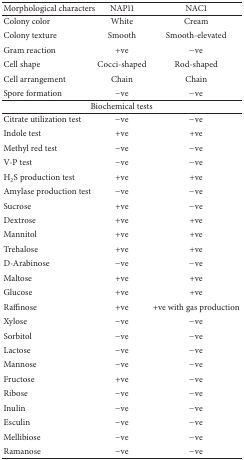
| Morphological characters | NAP11 | NAC1 |
 | --- | --- | --- |
 | Colony color | White | Cream |
 | Colony texture | Smooth | Smooth-elevated |
 | Gram reaction | +ve | −ve |
 | Cell shape | Cocci-shaped | Rod-shaped |
 | Cell arrangement | Chain | Chain |
 | Spore formation | −ve | −ve |
 | <COLSPAN=3> Biochemical tests |
 | Citrate utilization test | −ve | −ve |
 | Indole test | +ve | +ve |
 | Methyl red test | −ve | −ve |
 | V-P test | −ve | −ve |
 | H2S production test | +ve | +ve |
 | Amylase production test | −ve | −ve |
 | Sucrose | +ve | −ve |
 | Dextrose | +ve | +ve |
 | Mannitol | +ve | +ve |
 | Trehalose | +ve | +ve |
 | D-Arabinose | −ve | −ve |
 | Maltose | +ve | +ve |
 | Glucose | +ve | +ve |
 | Raffinose | +ve | +ve with gas production |
 | Xylose | −ve | −ve |
 | Sorbitol | −ve | −ve |
 | Lactose | −ve | −ve |
 | Mannose | −ve | −ve |
 | Fructose | +ve | −ve |
 | Ribose | −ve | −ve |
 | Inulin | −ve | −ve |
 | Esculin | −ve | −ve |
 | Mellibiose | −ve | −ve |
 | Ramanose | −ve | −ve |